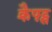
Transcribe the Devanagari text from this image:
क्रैफ्ट्स